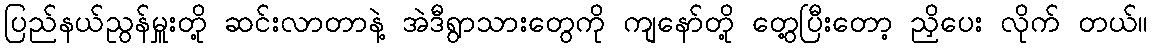
ပြည်နယ်ညွန်မှူးတို့ ဆင်းလာတာနဲ့ အဲဒီရွာသားတွေကို ကျနော်တို့ တွေ့ပြီးတော့ ညှိပေး လိုက် တယ်။